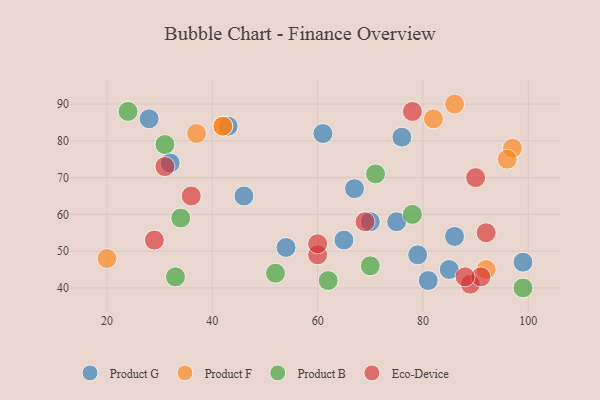
{"axis": {"x": "GDP", "y": "Life Expectancy"}, "legend": ["Eco-Device", "Product B", "Product F", "Product G"], "data": [{"x": "54", "y": 51, "type": "Product G"}, {"x": "32", "y": 74, "type": "Product G"}, {"x": "81", "y": 42, "type": "Product G"}, {"x": "70", "y": 58, "type": "Product G"}, {"x": "46", "y": 65, "type": "Product G"}, {"x": "43", "y": 84, "type": "Product G"}, {"x": "67", "y": 67, "type": "Product G"}, {"x": "85", "y": 45, "type": "Product G"}, {"x": "28", "y": 86, "type": "Product G"}, {"x": "75", "y": 58, "type": "Product G"}, {"x": "76", "y": 81, "type": "Product G"}, {"x": "86", "y": 54, "type": "Product G"}, {"x": "99", "y": 47, "type": "Product G"}, {"x": "61", "y": 82, "type": "Product G"}, {"x": "65", "y": 53, "type": "Product G"}, {"x": "79", "y": 49, "type": "Product G"}, {"x": "37", "y": 82, "type": "Product F"}, {"x": "97", "y": 78, "type": "Product F"}, {"x": "86", "y": 90, "type": "Product F"}, {"x": "82", "y": 86, "type": "Product F"}, {"x": "20", "y": 48, "type": "Product F"}, {"x": "42", "y": 84, "type": "Product F"}, {"x": "42", "y": 84, "type": "Product F"}, {"x": "92", "y": 45, "type": "Product F"}, {"x": "96", "y": 75, "type": "Product F"}, {"x": "99", "y": 40, "type": "Product B"}, {"x": "52", "y": 44, "type": "Product B"}, {"x": "62", "y": 42, "type": "Product B"}, {"x": "70", "y": 46, "type": "Product B"}, {"x": "78", "y": 60, "type": "Product B"}, {"x": "34", "y": 59, "type": "Product B"}, {"x": "71", "y": 71, "type": "Product B"}, {"x": "33", "y": 43, "type": "Product B"}, {"x": "31", "y": 79, "type": "Product B"}, {"x": "24", "y": 88, "type": "Product B"}, {"x": "29", "y": 53, "type": "Eco-Device"}, {"x": "31", "y": 73, "type": "Eco-Device"}, {"x": "36", "y": 65, "type": "Eco-Device"}, {"x": "90", "y": 70, "type": "Eco-Device"}, {"x": "78", "y": 88, "type": "Eco-Device"}, {"x": "69", "y": 58, "type": "Eco-Device"}, {"x": "89", "y": 41, "type": "Eco-Device"}, {"x": "91", "y": 43, "type": "Eco-Device"}, {"x": "88", "y": 43, "type": "Eco-Device"}, {"x": "60", "y": 49, "type": "Eco-Device"}, {"x": "92", "y": 55, "type": "Eco-Device"}, {"x": "60", "y": 52, "type": "Eco-Device"}]}